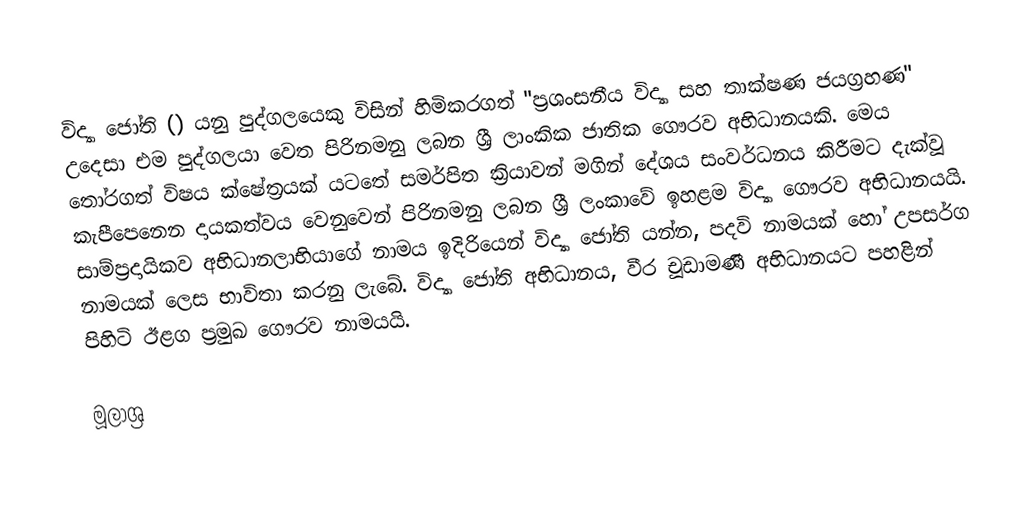
විද්‍යා ජෝති () යනු පුද්ගලයෙකු විසින් හිමිකරගත් "ප්‍රශංසනීය විද්‍යා සහ තාක්ෂණ ජයග්‍රහණ" උදෙසා එම පුද්ගලයා වෙත පිරිනමනු ලබන ශ්‍රී ලාංකික ජාතික ගෞරව අභිධානයකි. මෙය තෝරගත් විෂය ක්ෂේත්‍රයක් යටතේ සමර්පිත ක්‍රියාවන් මගින් දේශය සංවර්ධනය කිරීමට දැක්වූ කැපීපෙනෙන දායකත්වය වෙනුවෙන් පිරිනමනු ලබන ශ්‍රී ලංකාවේ ඉහළම විද්‍යා ගෞරව අභිධානයයි. සාම්ප්‍රදායිකව අභිධානලාභියාගේ නාමය ඉදිරියෙන් විද්‍යා ජෝති යන්න, පදවි නාමයක් හෝ උපසර්ග නාමයක් ලෙස භාවිතා කරනු ලැබේ. විද්‍යා ජෝති අභිධානය, වීර චූඩාමණී අභිධානයට පහළින් පිහිටි ඊළග ප්‍රමුඛ ගෞරව නාමයයි.

මූලාශ්‍ර